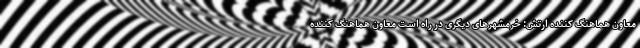
معاون هماهنگ کننده ارتش: خرمشهرهای دیگری در راه است معاون هماهنگ کننده